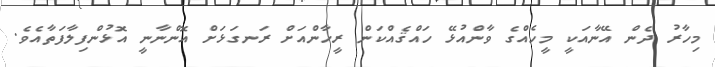
މިހާރު ދެން އޭނާއަކީ މީހެއްގެ ވާންއުޅޭ ހައްޤެއްކަން ރީހާންއަށް ރަނގަޅަށް އޮންނާނީ އޮޅުންފިލާފަތާއެވެ.